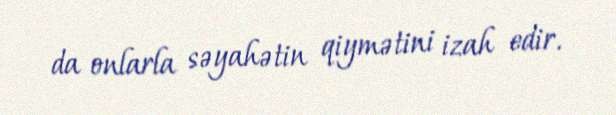
da onlarla səyahətin qiymətini izah edir.